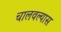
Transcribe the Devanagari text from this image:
चालवल्यास